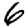
Digit: 6